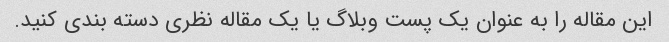
این مقاله را به عنوان یک پست وبلاگ یا یک مقاله نظری دسته بندی کنید.